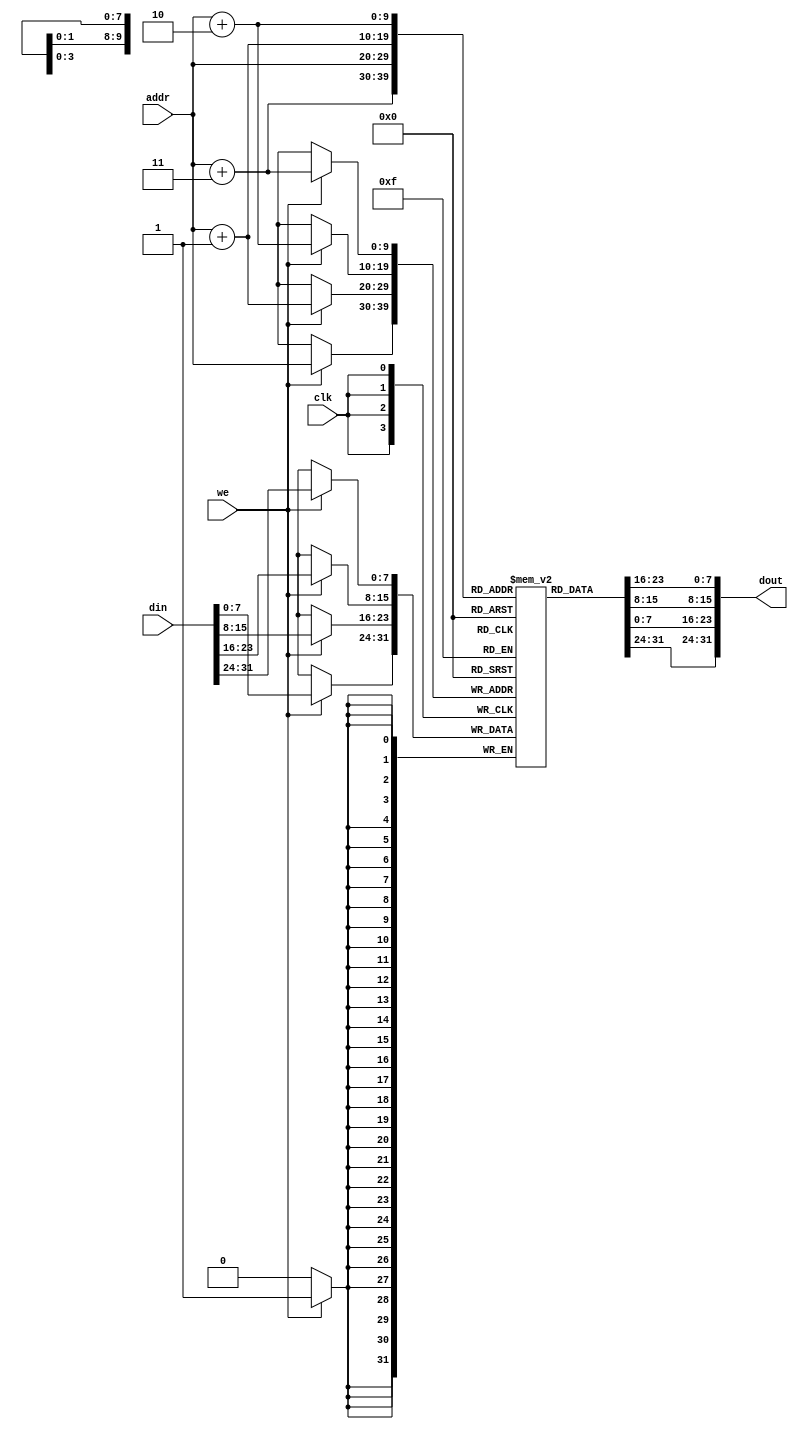
module dm_1k(clk, we, addr, din, dout);
    input [9:0]addr;
    input [31:0]din;
    input clk, we;
    output [31:0]dout;
    reg [7:0] dm[1023:0];
    assign dout = {dm[addr[9:0] + 3], dm[addr[9:0] + 2], dm[addr[9:0] + 1], dm[addr[9:0]]};
    always @ (posedge clk)       
      if(we)
	    begin
	    dm[addr[9:0] + 3] <= din[31:24];
	    dm[addr[9:0] + 2] <= din[23:16];
	    dm[addr[9:0] + 1] <= din[15:8];
	    dm[addr[9:0]] <= din[7:0];
	    end
endmodule